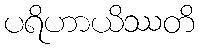
ပရိဟာယိဿတိ